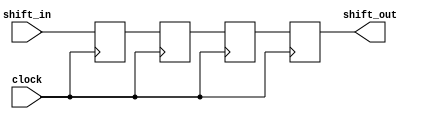
module shiftReg4(
  input shift_in,
  input clock,
  output shift_out
);

reg bit0;
reg bit1;
reg bit2;
reg bit3;

assign shift_out = bit3;

always @(posedge clock) begin
  bit3 <= bit2;
  bit2 <= bit1;
  bit1 <= bit0;
  bit0 <= shift_in;
end

endmodule